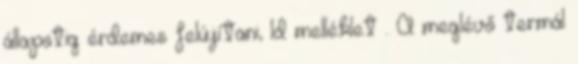
állapotig érdemes felújítani, ld melléklet . A meglévő termál